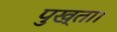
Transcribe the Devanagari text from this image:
पुख्ता।